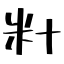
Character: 籵